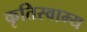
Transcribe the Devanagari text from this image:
कृतिस्वाम्य